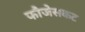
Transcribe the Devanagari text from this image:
फौजेसकट